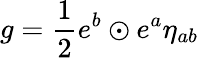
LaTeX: g=\frac 12e^{b}\odot e^{a}\eta_{ab}